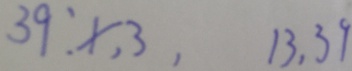
3 9 : x , 3 , 1 3 , 3 9